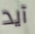
آيد